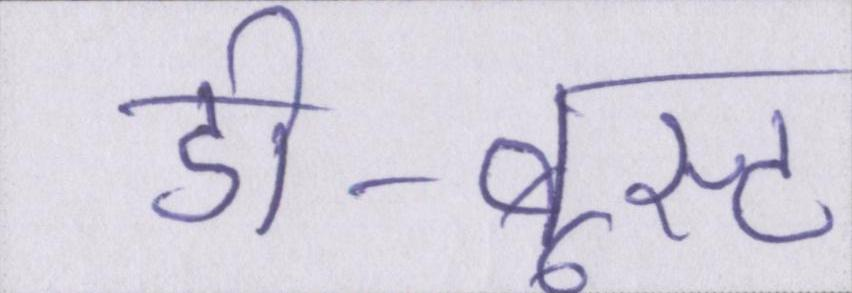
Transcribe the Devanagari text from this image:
डी-बूस्ट